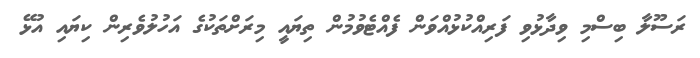
ރަސޫލާ ބިސްމި ވިދާޅުވި ފަރިއްކުޅުއްވަން ފެއްޓެވުމުން ތިޔައީ މިރަށްތަކުގެ އަހުލުވެރިން ކިޔައި އުޅޭ